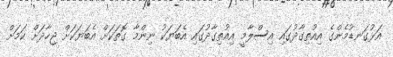
އަޅުގަނޑުމެންގެ އިއުތިގާދުގައި އިސްލާމީ އިއުތިގާދުގައި އެބަޔަކު ނިންމާ ގޮތަކަށް އެބަޔަކަށް ޖިހާދަށް ކަމަށް